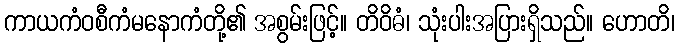
ကာယကံဝစီကံမနောကံတို့၏ အစွမ်းဖြင့်။ တိဝိဓံ၊ သုံးပါးအပြားရှိသည်။ ဟောတိ၊